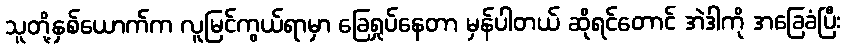
သူတို့နှစ်ယောက်က လူမြင်ကွယ်ရာမှာ ခြေရှုပ်နေတာ မှန်ပါတယ် ဆိုရင်တောင် အဲဒါကို အခြေခံပြီး